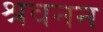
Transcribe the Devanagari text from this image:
श्रवनन